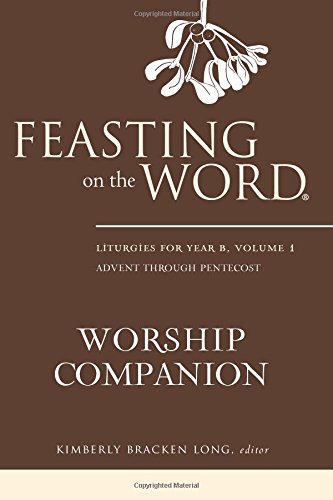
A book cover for Feasting on the Word Worship Companion: Liturgies for Year B, Volume 1; Christian Books & Bibles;